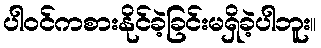
ပါဝင်ကစားနိုင်ခဲ့ခြင်းမရှိခဲ့ပါဘူး။